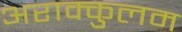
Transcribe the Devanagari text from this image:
अराक्कुलम